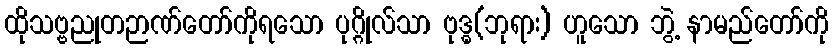
ထိုသဗ္ဗညုတဉာဏ်တော်ကိုရသော ပုဂ္ဂိုလ်သာ ဗုဒ္ဓ(ဘုရား) ဟူသော ဘွဲ့ နာမည်တော်ကို